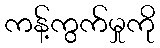
ကန့်ကွက်မှုကို